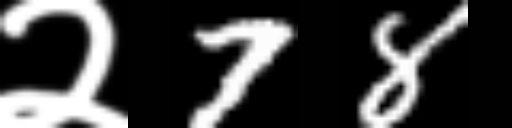
Text: २78